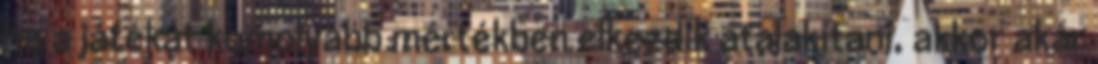
ha a játékát komolyabb mértékben elkezdik átalakítani, akkor akár